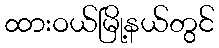
ထားဝယ်မြို့နယ်တွင်